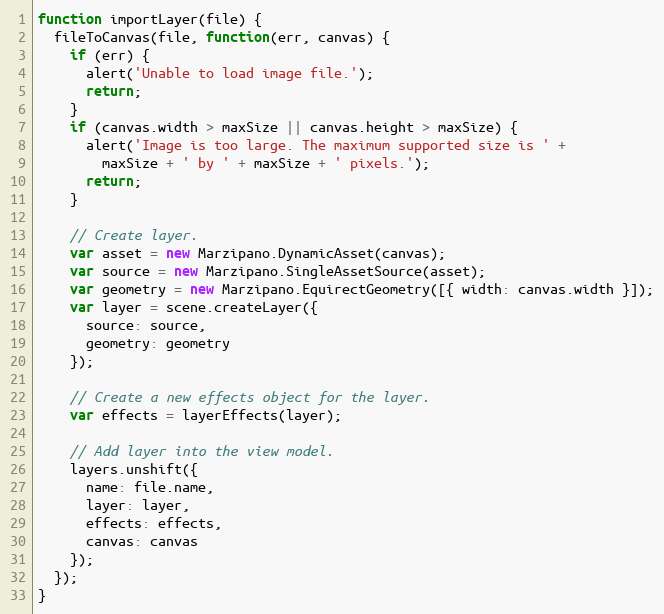
Language: JavaScript
function importLayer(file) {
  fileToCanvas(file, function(err, canvas) {
    if (err) {
      alert('Unable to load image file.');
      return;
    }
    if (canvas.width > maxSize || canvas.height > maxSize) {
      alert('Image is too large. The maximum supported size is ' +
        maxSize + ' by ' + maxSize + ' pixels.');
      return;
    }

    // Create layer.
    var asset = new Marzipano.DynamicAsset(canvas);
    var source = new Marzipano.SingleAssetSource(asset);
    var geometry = new Marzipano.EquirectGeometry([{ width: canvas.width }]);
    var layer = scene.createLayer({
      source: source,
      geometry: geometry
    });

    // Create a new effects object for the layer.
    var effects = layerEffects(layer);

    // Add layer into the view model.
    layers.unshift({
      name: file.name,
      layer: layer,
      effects: effects,
      canvas: canvas
    });
  });
}